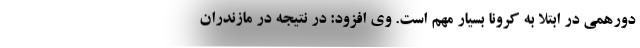
دورهمی در ابتلا به کرونا بسیار مهم است. وی افزود: در نتیجه در مازندران